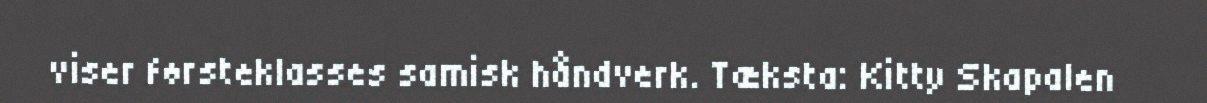
viser førsteklasses samisk håndverk. Tæksta: Kitty Skapalen